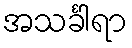
အသင်္ခါရာ